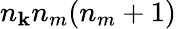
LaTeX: n_{\mathbf{k}}n_{m}(n_{m}+1)